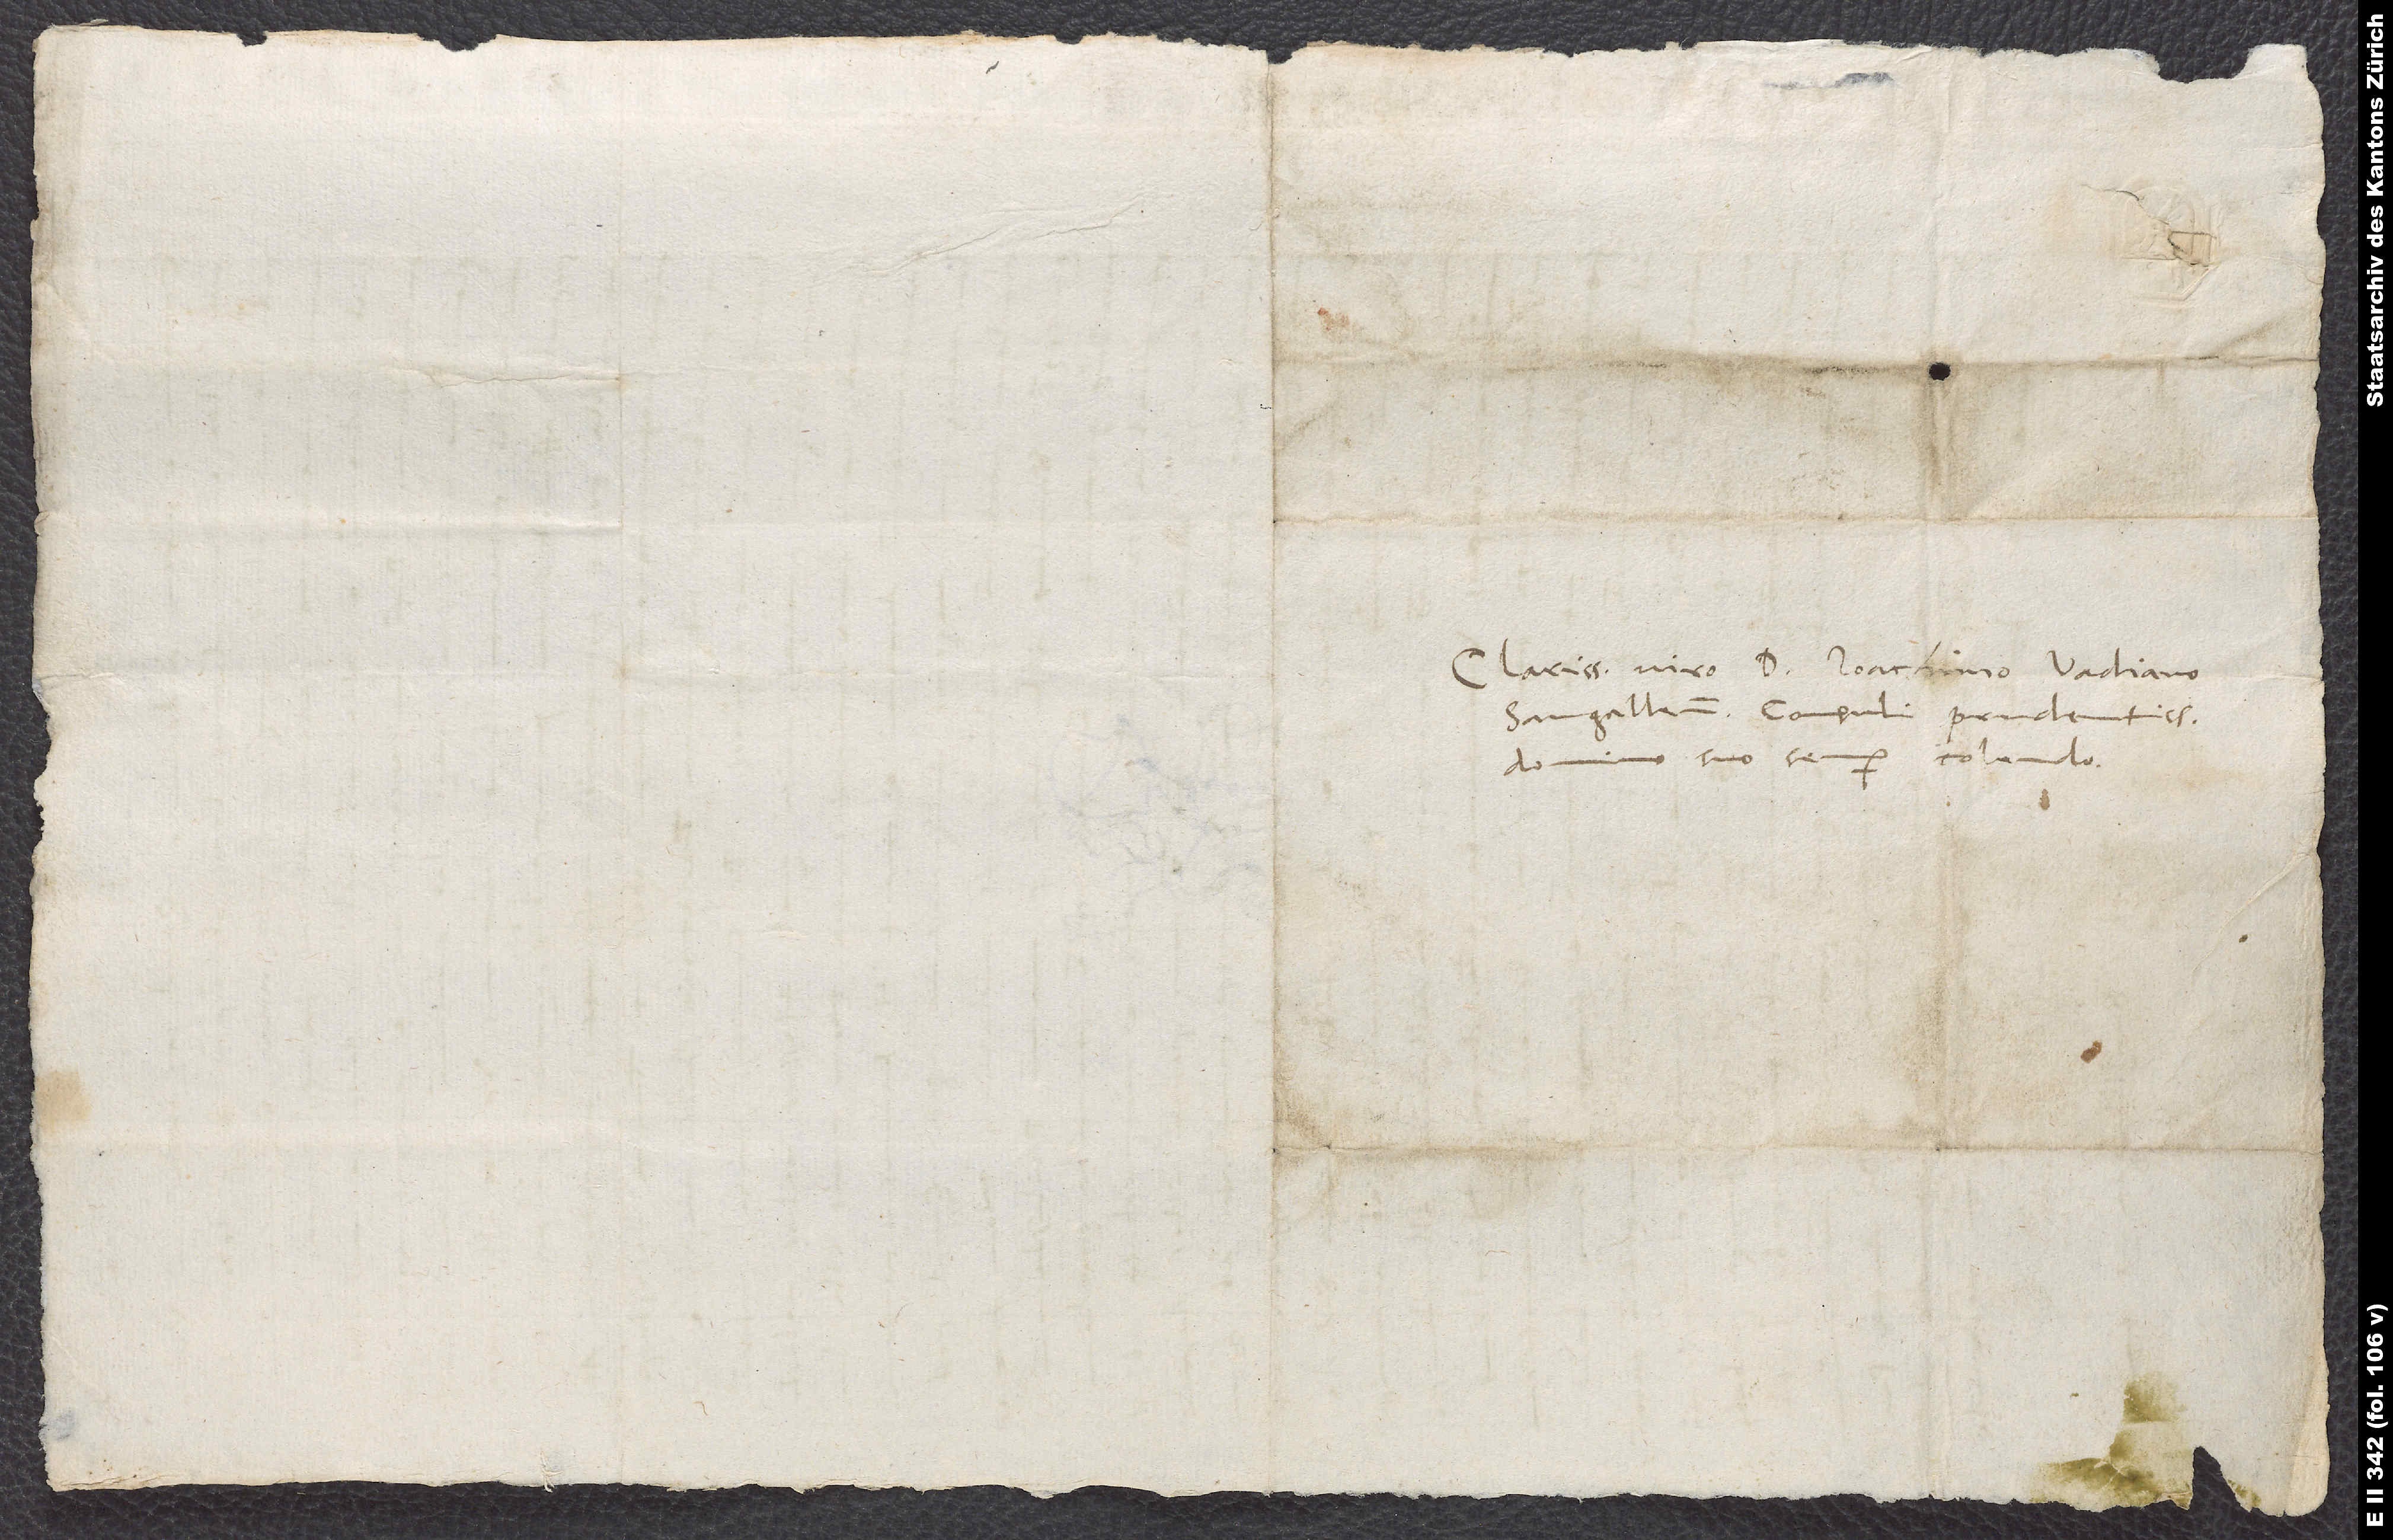
Clarissimo viro D. Ioachimo Vadiano,
Sangallensi consuli prudentissimo,
domino suo semper colendo.